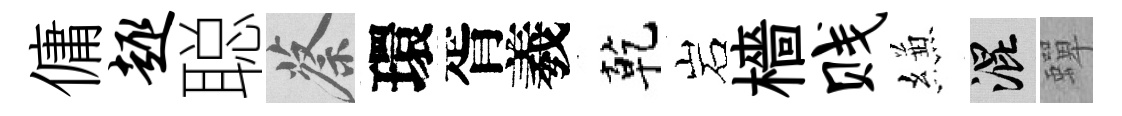
傭趣聪蔡環胥羲乾岩檣贱縑混蟬